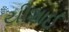
યીશાઈ